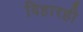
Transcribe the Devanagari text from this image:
विहारही